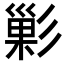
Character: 𭛘